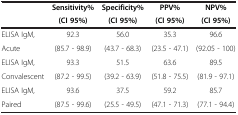
<table><thead><tr><td><b> </b></td><td><b>Sensitivity%</b></td><td><b>Specificity%</b></td><td><b>PPV%</b></td><td><b>NPV%</b></td></tr><tr><td><b> </b></td><td><b>(CI 95%)</b></td><td><b>(CI 95%)</b></td><td><b>(CI 95%)</b></td><td><b>(CI 95%)</b></td></tr></thead><tbody><tr><td>ELISA IgM,</td><td>92.3</td><td>56.0</td><td>35.3</td><td>96.6</td></tr><tr><td>Acute</td><td>(85.7 - 98.9)</td><td>(43.7 - 68.3)</td><td>(23.5 - 47.1)</td><td>(92.05 - 100)</td></tr><tr><td>ELISA IgM,</td><td>93.3</td><td>51.5</td><td>63.6</td><td>89.5</td></tr><tr><td>Convalescent</td><td>(87.2 - 99.5)</td><td>(39.2 - 63.9)</td><td>(51.8 - 75.5)</td><td>(81.9 - 97.1)</td></tr><tr><td>ELISA IgM,</td><td>93.6</td><td>37.5</td><td>59.2</td><td>85.7</td></tr><tr><td>Paired</td><td>(87.5 - 99.6)</td><td>(25.5 - 49.5)</td><td>(47.1 - 71.3)</td><td>(77.1 - 94.4)</td></tr></tbody></table>